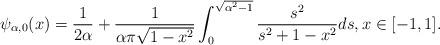
LaTeX: \begin{align*} \psi_{\alpha,0}(x) = \frac{1}{2\alpha} + \frac{1}{\alpha\pi \sqrt{1-x^2}}\int_0^{\sqrt{\alpha^2-1}} \frac{s^2 }{s^2 + 1 -x^2} ds, x \in [-1,1]. \end{align*}